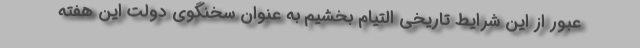
عبور از این شرایط تاریخی التیام بخشیم به عنوان سخنگوی دولت این هفته